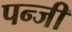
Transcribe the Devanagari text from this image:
पन्जी